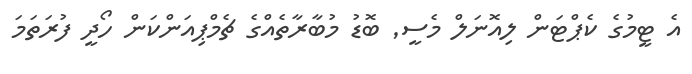
އެ ޓީމުގެ ކެޕްޓަން ލިއޮނަލް މެސީ